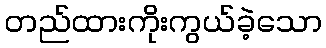
တည်ထားကိုးကွယ်ခဲ့သော